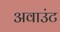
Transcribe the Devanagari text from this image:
अवाउंट